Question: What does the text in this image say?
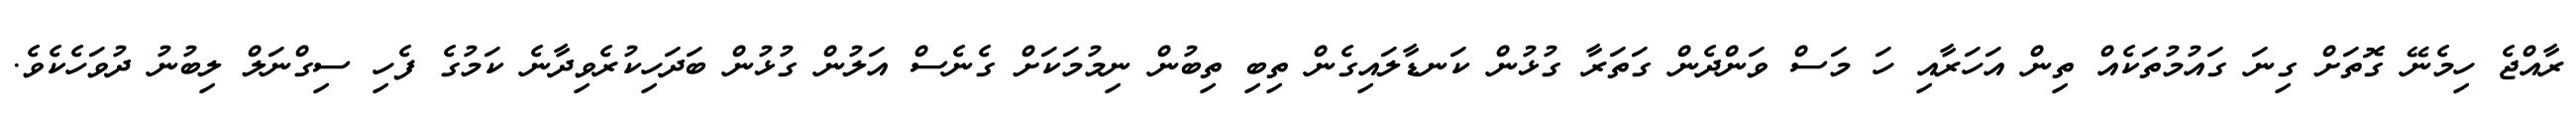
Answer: ރާއްޖެ ހިމެނޭ ގޮތަށް ގިނަ ގައުމުތަކެއް ތިން އަހަރާއި ހަ މަސް ވަންދެން ގަތަރާ ގުޅުން ކަނޑާލައިގެން ތިބި ތިބުން ނިމުމަކަށް ގެނެސް އަލުން ގުޅުން ބަދަހިކުރެވިދާނެ ކަމުގެ ފެހި ސިގްނަލް ލިބުނު ދުވަހެކެވެ.